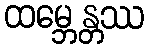
ထမ္ဘေန္တဿ